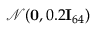
\mathcal { N } ( \mathbf { 0 } , 0 . 2 \mathbf { I } _ { 6 4 } )